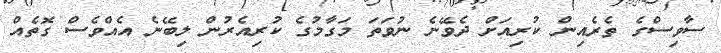
ސާވިސްގެ ތެރެއިން ކުރިއަށް ދެވޭނެ ނުވަތަ މަގާމުގެ ކުރިއެރުން ލިބޭނެ އެއްވެސް ގޮތެއް